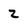
Character: 2